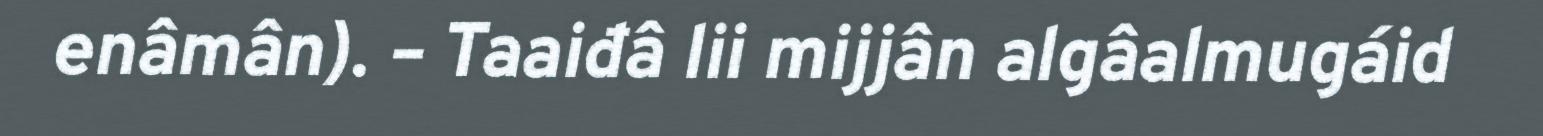
enâmân). – Taaiđâ lii mijjân algâalmugáid